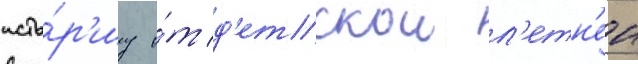
исто́р'иу о́т д'етскои л'етн'еи